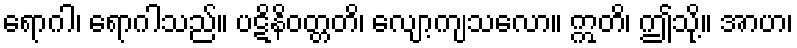
ရောဂါ၊ ရောဂါသည်။ ပဋိနိဝတ္တတိ၊ လျော့ကျသလော။ ဣတိ၊ ဤသို့။ အာဟ၊